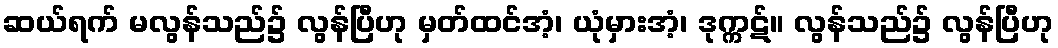
ဆယ်ရက် မလွန်သည်၌ လွန်ပြီဟု မှတ်ထင်အံ့၊ ယုံမှားအံ့၊ ဒုက္ကဋ်။ လွန်သည်၌ လွန်ပြီဟု